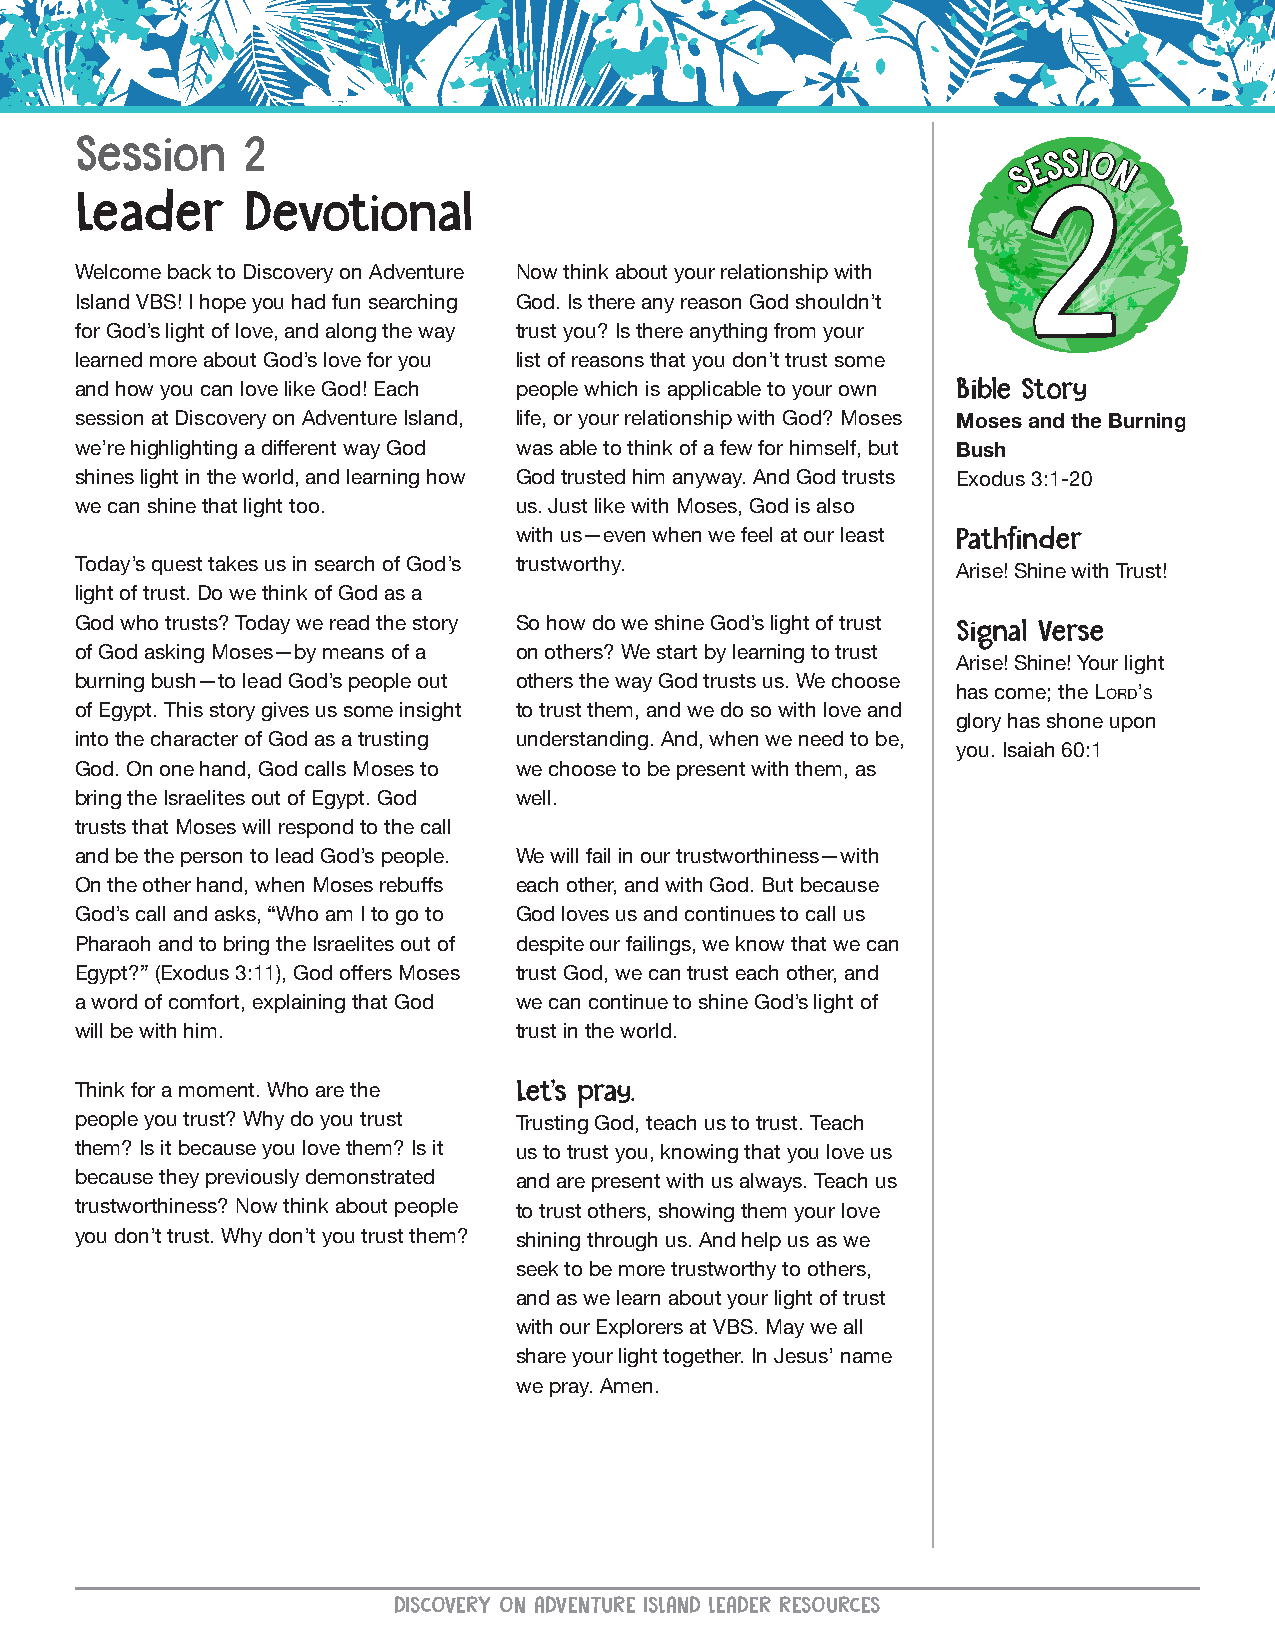
Session    2
 Leader     Devotional
 Welcome back to Discovery on Adventure Now think about your relationship with
 Island VBS! I hope you had fun searching God. Is there any reason God shouldn’t
 for God’s light of love, and along the way trust you? Is there anything from your
 learned more about God’s love for you list of reasons that you don’t trust some
 and how you can love like God! Each people which is applicable to your own Bible Story
 session at Discovery on Adventure Island, life, or your relationship with God? Moses Moses and the Burning
 we’re highlighting a different way God was able to think of a few for himself, but Bush
 shines light in the world, and learning how God trusted him anyway. And God trusts Exodus 3:1-20
 we can shine that light too. us. Just like with Moses, God is also
 with us—even when we feel at our least Pathfinder
 Today’s quest takes us in search of God’s trustworthy.
 Arise! Shine with Trust!
 light of trust. Do we think of God as a
 God who trusts? Today we read the story So how do we shine God’s light of trust
 Signal Verse
 of God asking Moses—by means of a on others? We start by learning to trust
 Arise! Shine! Your light
 burning bush—to lead God’s people out others the way God trusts us. We choose
 has come; the LORD’S
 of Egypt. This story gives us some insight to trust them, and we do so with love and
 glory has shone upon
 into the character of God as a trusting understanding. And, when we need to be,
 you. Isaiah 60:1
 God. On one hand, God calls Moses to we choose to be present with them, as
 bring the Israelites out of Egypt. God well.
 trusts that Moses will respond to the call
 and be the person to lead God’s people. We will fail in our trustworthiness—with
 On the other hand, when Moses rebuffs each other, and with God. But because
 God’s call and asks, “Who am I to go to God loves us and continues to call us
 Pharaoh and to bring the Israelites out of despite our failings, we know that we can
 Egypt?” (Exodus 3:11), God offers Moses trust God, we can trust each other, and
 a word of comfort, explaining that God we can continue to shine God’s light of
 will be with him.            trust in the world.
 Think for a moment. Who are the Let’s pray.
 people you trust? Why do you trust Trusting God, teach us to trust. Teach
 them? Is it because you love them? Is it us to trust you, knowing that you love us
 because they previously demonstrated and are present with us always. Teach us
 trustworthiness? Now think about people to trust others, showing them your love
 you don’t trust. Why don’t you trust them? shining through us. And help us as we
 seek to be more trustworthy to others,
 and as we learn about your light of trust
 with our Explorers at VBS. May we all
 share your light together. In Jesus’ name
 we pray. Amen.
 DISCOVERY ON ADVENTURE ISLAND LEADER RESOURCES